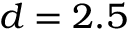
d = 2 . 5